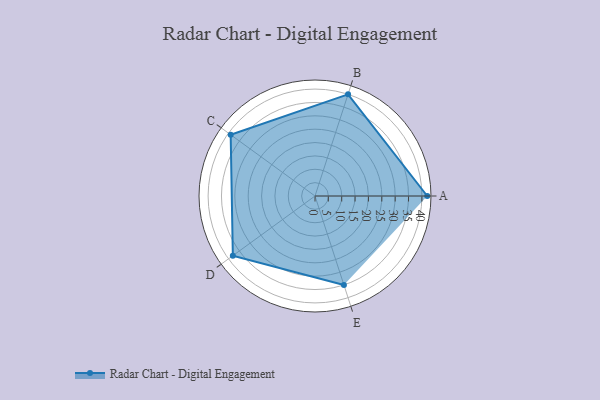
{"axis": {"x": "Skill", "y": "Score"}, "legend": ["Profile"], "data": [{"x": "A", "y": 42.0, "type": "Profile"}, {"x": "B", "y": 40.0, "type": "Profile"}, {"x": "C", "y": 39.0, "type": "Profile"}, {"x": "D", "y": 38.0, "type": "Profile"}, {"x": "E", "y": 35.0, "type": "Profile"}]}